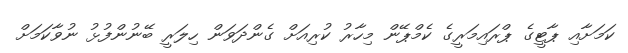
ކަމަށާއި ޕާޓީގެ ޕްރައިމަރީގެ ކެމްޕޭން މިހާރު ކުރިއަށް ގެންދަވަން ހިލަރީ ބޭނުންފުޅު ނުވާކަމަށް